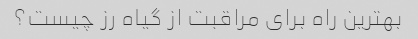
بهترین راه برای مراقبت از گیاه رز چیست؟